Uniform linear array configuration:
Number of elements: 32
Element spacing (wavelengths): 0.5
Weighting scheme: hann
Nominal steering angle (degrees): -30
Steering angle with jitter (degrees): -28.375
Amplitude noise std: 0.05
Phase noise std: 0.05

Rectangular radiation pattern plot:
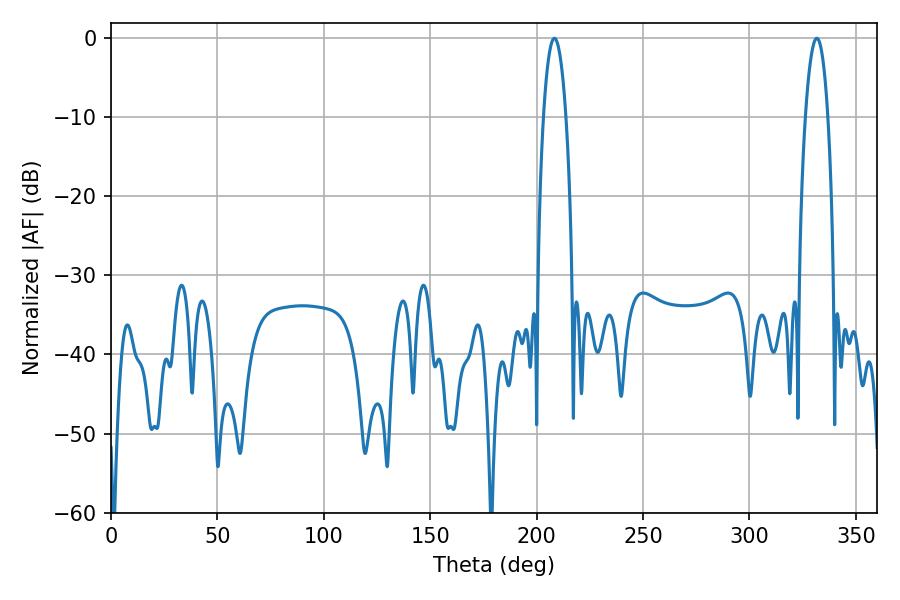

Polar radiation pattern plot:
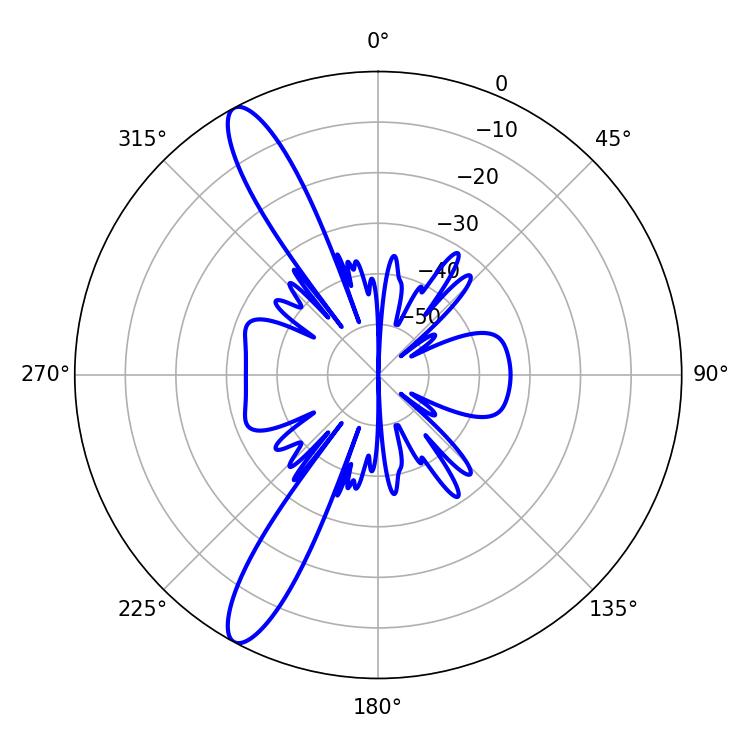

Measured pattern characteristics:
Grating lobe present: FALSE
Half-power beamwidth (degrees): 5.94
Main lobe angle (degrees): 208.26